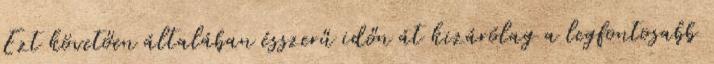
Ezt követően általában ésszerű időn át kizárólag a legfontosabb